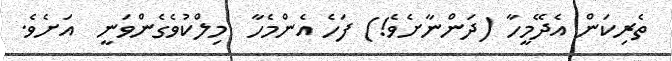
ތެރިކަން އެދޭމީހާ (ދަންނާށެވެ!) ފަހެ އެންމެހާ  މިލްކުވެގެންވަނީ  އަށެވެ.